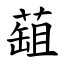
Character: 䔘